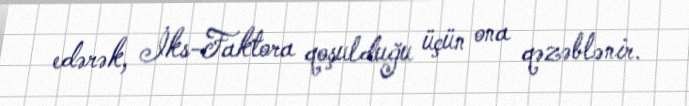
edərək, İks-Faktora qoşulduğu üçün ona qəzəblənir.